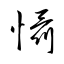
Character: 懾